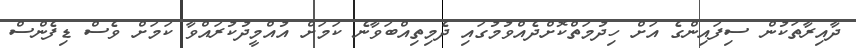
ދާއިރާތަކުން ސިފައިންގެ އަށް ހިދުމަތްކޮށްދެއްވުމުގައި ދެމިތިއްބަވާނެ ކަމަށް އުއްމީދުކުރައްވާ ކަމަށް ވެސް ޑިފެންސް